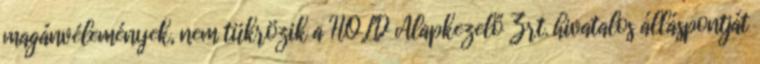
magánvélemények, nem tükrözik a HOLD Alapkezelő Zrt. hivatalos álláspontját